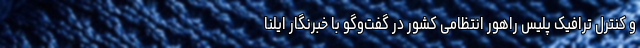
و کنترل ترافیک پلیس راهور انتظامی کشور در گفت‌وگو با خبرنگار ایلنا